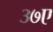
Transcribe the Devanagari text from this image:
३७ए